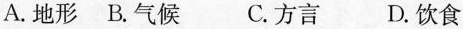
A.地形B.气候 C.方言 D.饮食